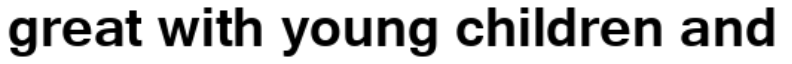
great with young children and